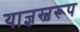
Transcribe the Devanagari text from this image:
याज्ञस्वरूप